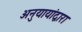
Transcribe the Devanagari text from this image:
अनुयायांद्वारा